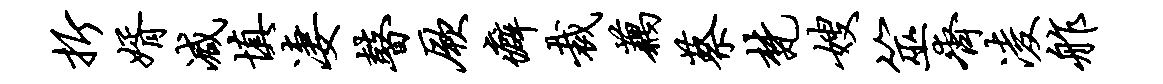
折婿减填凄瞽厥癖裁藕蔡梵嫂筮齐凌舴